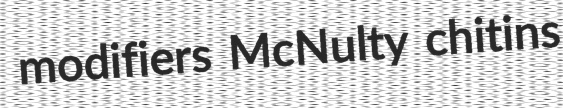
modifiers McNulty chitins